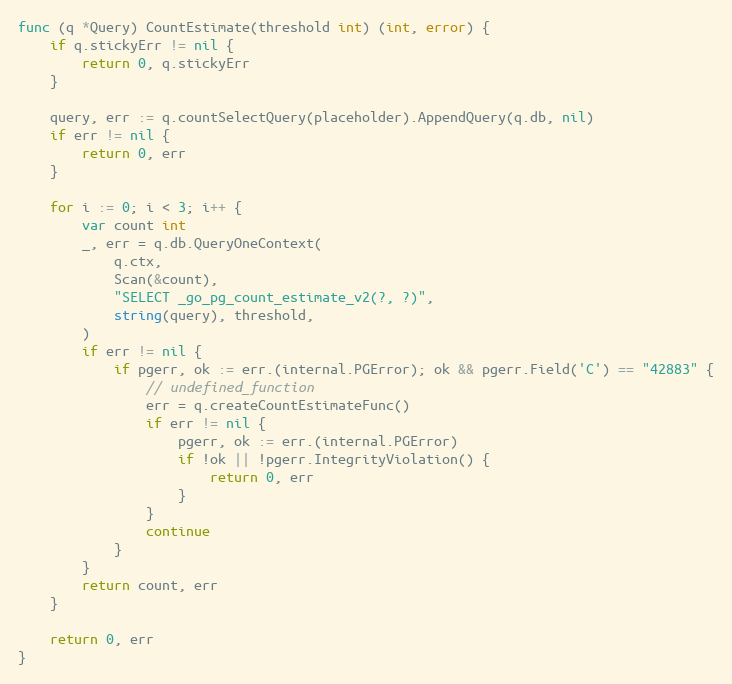
Language: Go
func (q *Query) CountEstimate(threshold int) (int, error) {
	if q.stickyErr != nil {
		return 0, q.stickyErr
	}

	query, err := q.countSelectQuery(placeholder).AppendQuery(q.db, nil)
	if err != nil {
		return 0, err
	}

	for i := 0; i < 3; i++ {
		var count int
		_, err = q.db.QueryOneContext(
			q.ctx,
			Scan(&count),
			"SELECT _go_pg_count_estimate_v2(?, ?)",
			string(query), threshold,
		)
		if err != nil {
			if pgerr, ok := err.(internal.PGError); ok && pgerr.Field('C') == "42883" {
				// undefined_function
				err = q.createCountEstimateFunc()
				if err != nil {
					pgerr, ok := err.(internal.PGError)
					if !ok || !pgerr.IntegrityViolation() {
						return 0, err
					}
				}
				continue
			}
		}
		return count, err
	}

	return 0, err
}